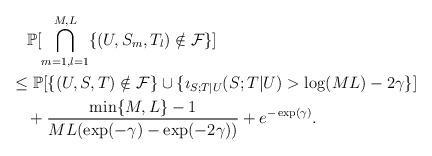
LaTeX: \begin{align*}&\quad\mathbb{P}[\bigcap_{m=1,l=1}^{M,L}\{(U,S_m,T_l)\notin \mathcal{F}\}]\\&\le\mathbb{P}[\{(U,S,T)\notin\mathcal{F}\}\cup\{\imath_{S;T|U}(S;T|U)>\log(ML)-2\gamma\}]\\&\quad+\frac{\min\{M,L\}-1}{ML(\exp(-\gamma)-\exp(-2\gamma))}+e^{-\exp(\gamma)}.\end{align*}